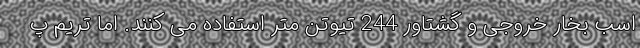
اسب بخار خروجی و گشتاور 244 تیوتن متر استفاده می کنند. اما تریم پ